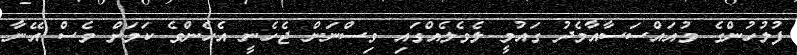
ފުލުހުންގެ މުއައްސަސާއާމެދު ގައުމީ ލެވެލެއްގައި ވިސްނަން ޖެހެނީ އެހެންވެ ކަމަށް ވެސް އޭނާ